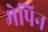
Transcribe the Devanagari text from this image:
मेपिन